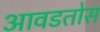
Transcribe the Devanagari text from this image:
आवडतोस